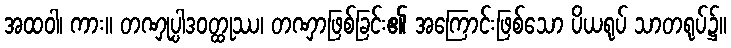
အထဝါ၊ ကား။ တဏှုပ္ပါဒဝတ္ထုဿ၊ တဏှာဖြစ်ခြင်း၏ အကြောင်းဖြစ်သော ပိယရုပ် သာတရုပ်၌။